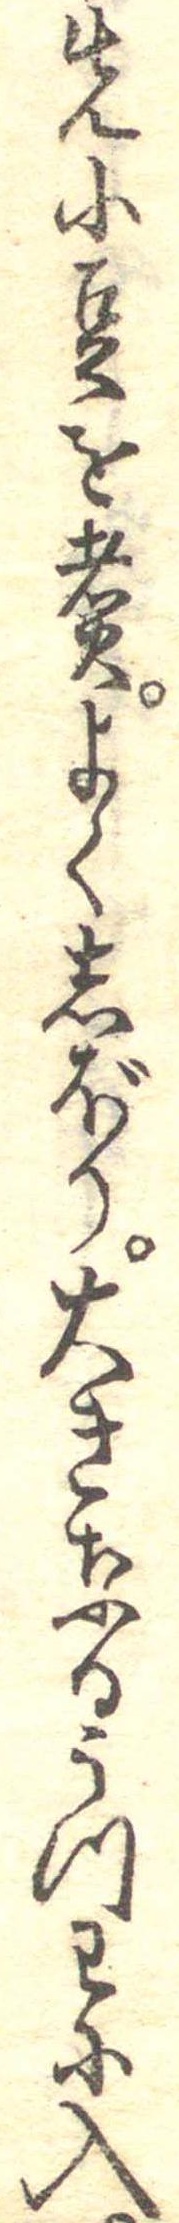
先小豆を煮よくしぼり大きなるうつわに入